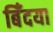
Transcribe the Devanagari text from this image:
बिँदया